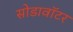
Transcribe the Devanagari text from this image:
सोडावॉटर